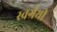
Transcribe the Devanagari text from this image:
स्वर्ग्रंथी